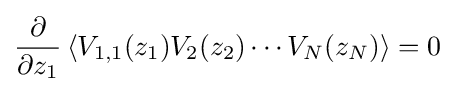
{\frac {\partial }{\partial z_{1}}}\left\langle V_{1,1}(z_{1})V_{2}(z_{2})\cdots V_{N}(z_{N})\right\rangle =0